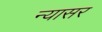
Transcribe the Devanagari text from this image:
न्यासर